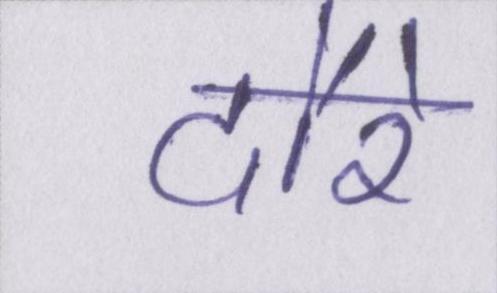
दौरे